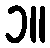
၁။